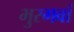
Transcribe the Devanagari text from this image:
भुरगवां